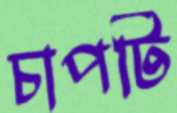
চাপটি